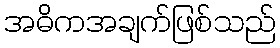
အဓိကအချက်ဖြစ်သည်